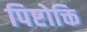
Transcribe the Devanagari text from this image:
पिष्टोक्ति